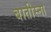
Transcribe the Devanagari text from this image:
बातीस्ना